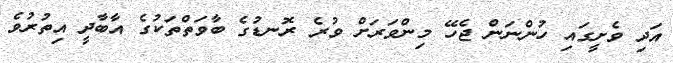
އަދި ވެށީގައި ހުންނަން ޖެހޭ މިންވަރަށް ވުރެ ރޮނޑުގެ ބާވަތްތަކުގެ އާބާދީ އިތުރުވެ